Annual report on the health of the army in India
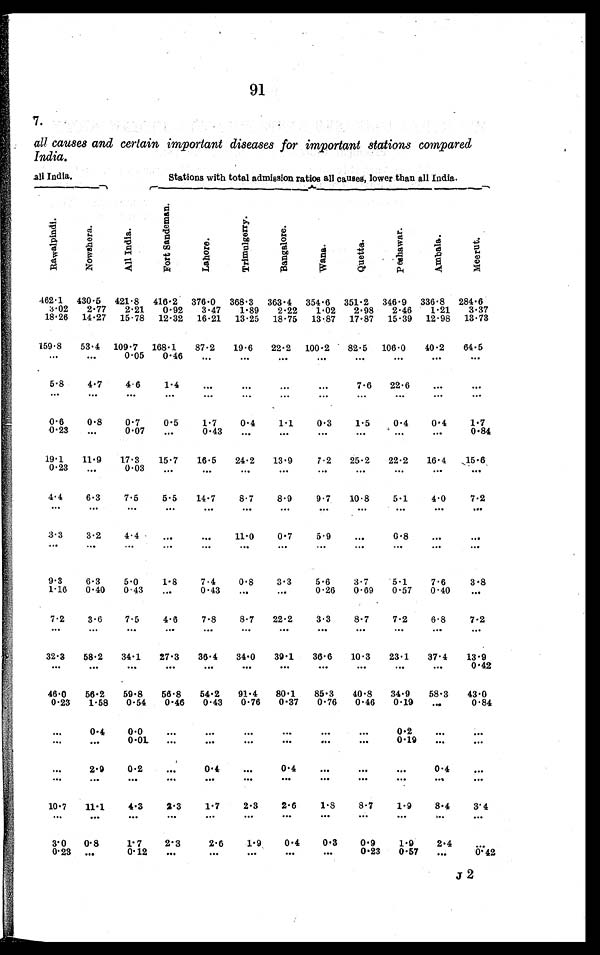
91
7.
all causes and certain important diseases for important stations compared
India.
all India.
Stations with total admission ratios all causes, lower than all India.
R a w a l p i n d i . N o w s h e r a .
A l l I n d i a .
F o r t S a n d e m a n .
L a h o r e .
T r i m u l g e r r y .
B a n g a l o r e .
W a n a .
Q u e t t a .
P e s h a w a r . A m b a l a .
M e e r u t .
462.1 430.5
421.8 416.2 376.0 368.3 363.4 354.6 351.2 346.9 336.8 284.6
3.02 2.77 2.21 0.92 3.47 1.89 2.22 1.02 2.98 2.46 1.21 3.37
18.26 14.27 15.78 12.32 16.21 13.25 18.75 13.87 17.87 15.39 12.98 13.73
159.8 53.4 109.7 168.1 87.2 19.6 22.2 100.2 82.5 106.0 40.2 64.5
. . . . . .
0.05 0.46
. . .
. . .
. . .
. . .
. . .
. . .
. . .
. . .
5.8
4.7
4.6
1.4
. . .
. . .
. . .
. . .
7.6 22.6
. . .
. . .
. . . . . .
. . . . . .
. . .
. . .
. . .
. . .
. . . . . .
. . .
. . .
0 . 6 0.8
0.7
0.5
1.7
0.4
1.1
0.3
1.5
0.4
0.4
1.7
0.23
. . .
0.07
. . .
0.43
. . .
. . .
. . .
. . .
. . .
. . .
0.84
19.1 11.9 17.3 15.7 16.5 24.2 13.9
7.2 25.2 22.2 16.4 15.6
0.23
. . .
0.03
. . .
. . .
. . .
. . .
. . .
. . .
. . .
. . .
. . .
4.4
6.3
7.5
5.5 14.7
8.7
8.9
9.7 10.8
5.1
4.0
7.2
. . . . . .
. . .
. . .
. . .
. . .
. . .
. . .
. . .
. . .
. . .
. . .
3.3
3.2
4.4
. . .
. . .
11.0
0.7
5.9
. . .
0.8
. . .
. . .
. . . . . .
. . .
. . .
. . .
. . .
. . .
. . .
. . .
. . .
. . .
. . .
9.3
6.3
5.0
1.8
7.4
0.8
3.3
5.6
3.7
5.1
7.6
3.8
1.16 0.40 0.43
. . .
0.43
. . .
. . .
0.26 0.69 0.57 0.40
. . .
7.2
3.6
7.5
4.6
7.8
8.7 22.2
3.3
8.7
7.2
6.8
7.2
. . . . . .
. . .
. . .
. . .
. . .
. . .
. . .
. . .
. . .
. . .
. . .
32.3 58.2 34.1 27.3 36.4 34.0 39.1 36.6 10.3 23.1 37.4 13.9
. . .
. . .
. . .
. . . . . .
. . .
. . .
. . .
. . .
. . .
. . .
0.42
46.0 56.2 59.8
56.8
54.2 91.4 80 . 1 85.3 40.8 34.9 68.3 43.0
0.23 1.58 0.54 0.46 0.43 0.76 0.37 0.76 0.46 0.19
. . .
0.84
. . . 0.4
0.0
. . .
. . .
. . .
. . .
. . .
. . . 0.2
. . .
. . .
. . . . . . 0.01
. . .
. . .
. . .
. . .
. . .
. . . 0.19
. . .
. . .
. . .
2.9
0.2
. . . 0.4
. . .
0 . 4
. . .
. . .
. . . 0.4
. . .
. . . . . .
. . .
. . .
. . .
. . .
. . .
. . .
. . .
. . .
. . .
. . .
10.7 11.1
4.3
2.3
1.7
2.3
2.6
1.8
8.7
1.9
8.4
3.4
. . . . . .
. . .
. . .
. . .
. . .
. . .
. . .
. . .
. . .
. . .
. . .
3.0 0.8
1.7
2.3
2.6
1.9
0.4
0.3
0.9
1.9
2.4
. . .
0.23
. . .
0.12
. . .
. . .
. . .
. . .
. . .
0.23 0.57
. . .
0.42
s 2